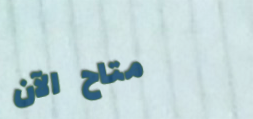
متاح الآن